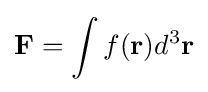
\mathbf {F} =\int f(\mathbf {r} )d^{3}\mathbf {r}